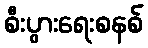
စီးပွားရေးစနစ်